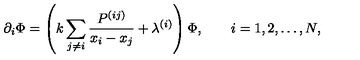
\partial _ { i } \Phi = \left( k \sum _ { j \ne i } \frac { P ^ { ( i j ) } } { x _ { i } - x _ { j } } + \lambda ^ { ( i ) } \right) \Phi , \qquad i = 1 , 2 , \ldots , N ,